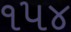
૧૫૪